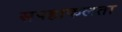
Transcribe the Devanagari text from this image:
सफ्हाकलता